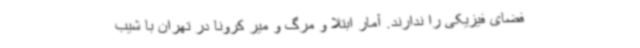
فضای فیزیکی را ندارند. آمار ابتلا و مرگ و میر کرونا در تهران با شیب